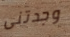
وجدتنى